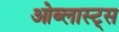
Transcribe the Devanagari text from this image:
ओब्लास्ट्स